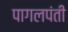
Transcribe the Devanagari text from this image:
पागलपंती